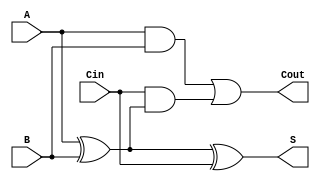
module LowPowerFullAdder (
    input wire A,      // First input bit
    input wire B,      // Second input bit
    input wire Cin,    // Carry input bit
    output wire S,     // Sum output
    output wire Cout   // Carry output
);

// Internal signals for intermediate calculations
wire AxorB;         // A XOR B
wire AandB;         // A AND B

// Logic for Sum (S) and Carry-Out (Cout)
assign AxorB = A ^ B;               // A XOR B
assign S = AxorB ^ Cin;             // Sum: S = (A XOR B) XOR Cin
assign AandB = A & B;               // A AND B
assign Cout = AandB | (Cin & AxorB); // Carry-Out: Cout = (A AND B) OR (Cin AND (A XOR B))

endmodule